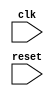
module DDR_SDRAM (
    input wire clk,
    input wire reset,
    // Add input/output ports for data, address, commands, etc.
);

// Define your internal signals and registers here

// Define your sequential logic blocks here

// Define any error correction mechanisms here

// Define components for address decoding, command processing, data multiplexing, etc.

endmodule